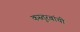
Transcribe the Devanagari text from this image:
कस्तुरबांची